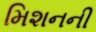
મિશનની